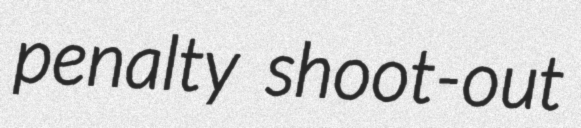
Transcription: penalty shoot-out